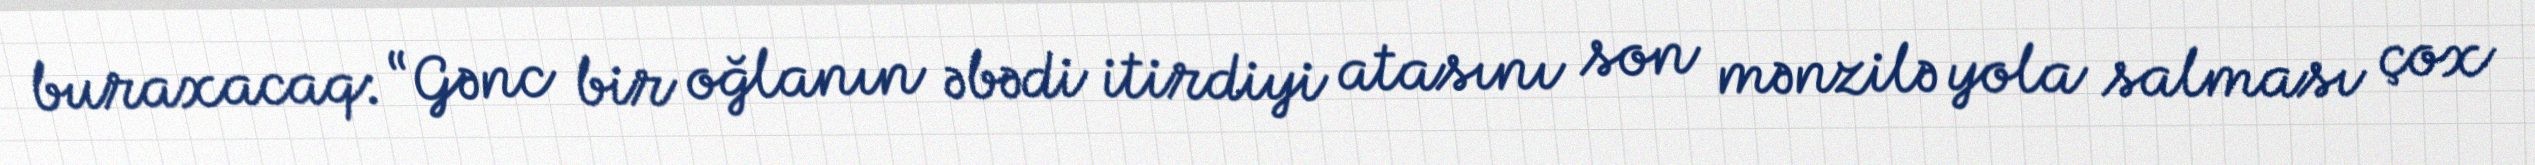
buraxacaq: “Gənc bir oğlanın əbədi itirdiyi atasını son mənzilə yola salması çox